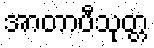
အာတာပီသုတ္တ